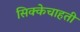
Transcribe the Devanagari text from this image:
सिक्केचाहती